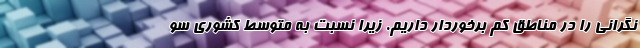
نگرانی را در مناطق کم برخوردار داریم. زیرا نسبت به متوسط کشوری سو